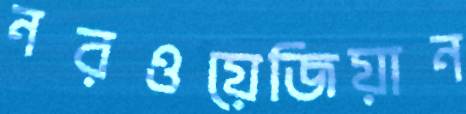
নরওয়েজিয়ান